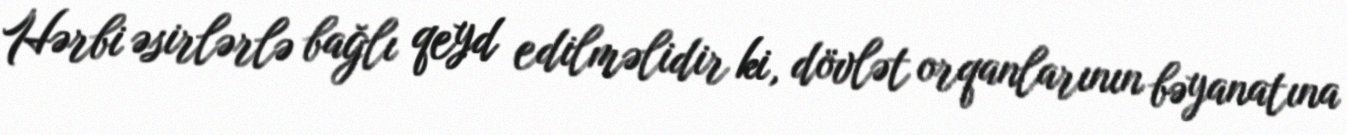
Hərbi əsirlərlə bağlı qeyd edilməlidir ki, dövlət orqanlarının bəyanatına